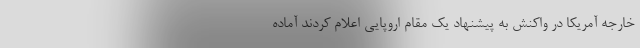
خارجه آمریکا در واکنش به پیشنهاد یک مقام اروپایی اعلام کردند آماده